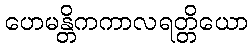
ဟေမန္တိကကာလရတ္တိယော